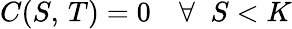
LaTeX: C(S,\, T)=0\quad\forall\; \; S<K